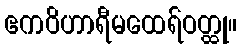
ဧကဝိဟာရီမထေရ်ဝတ္ထု။